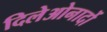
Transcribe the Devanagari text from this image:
दिलेओनार्दो